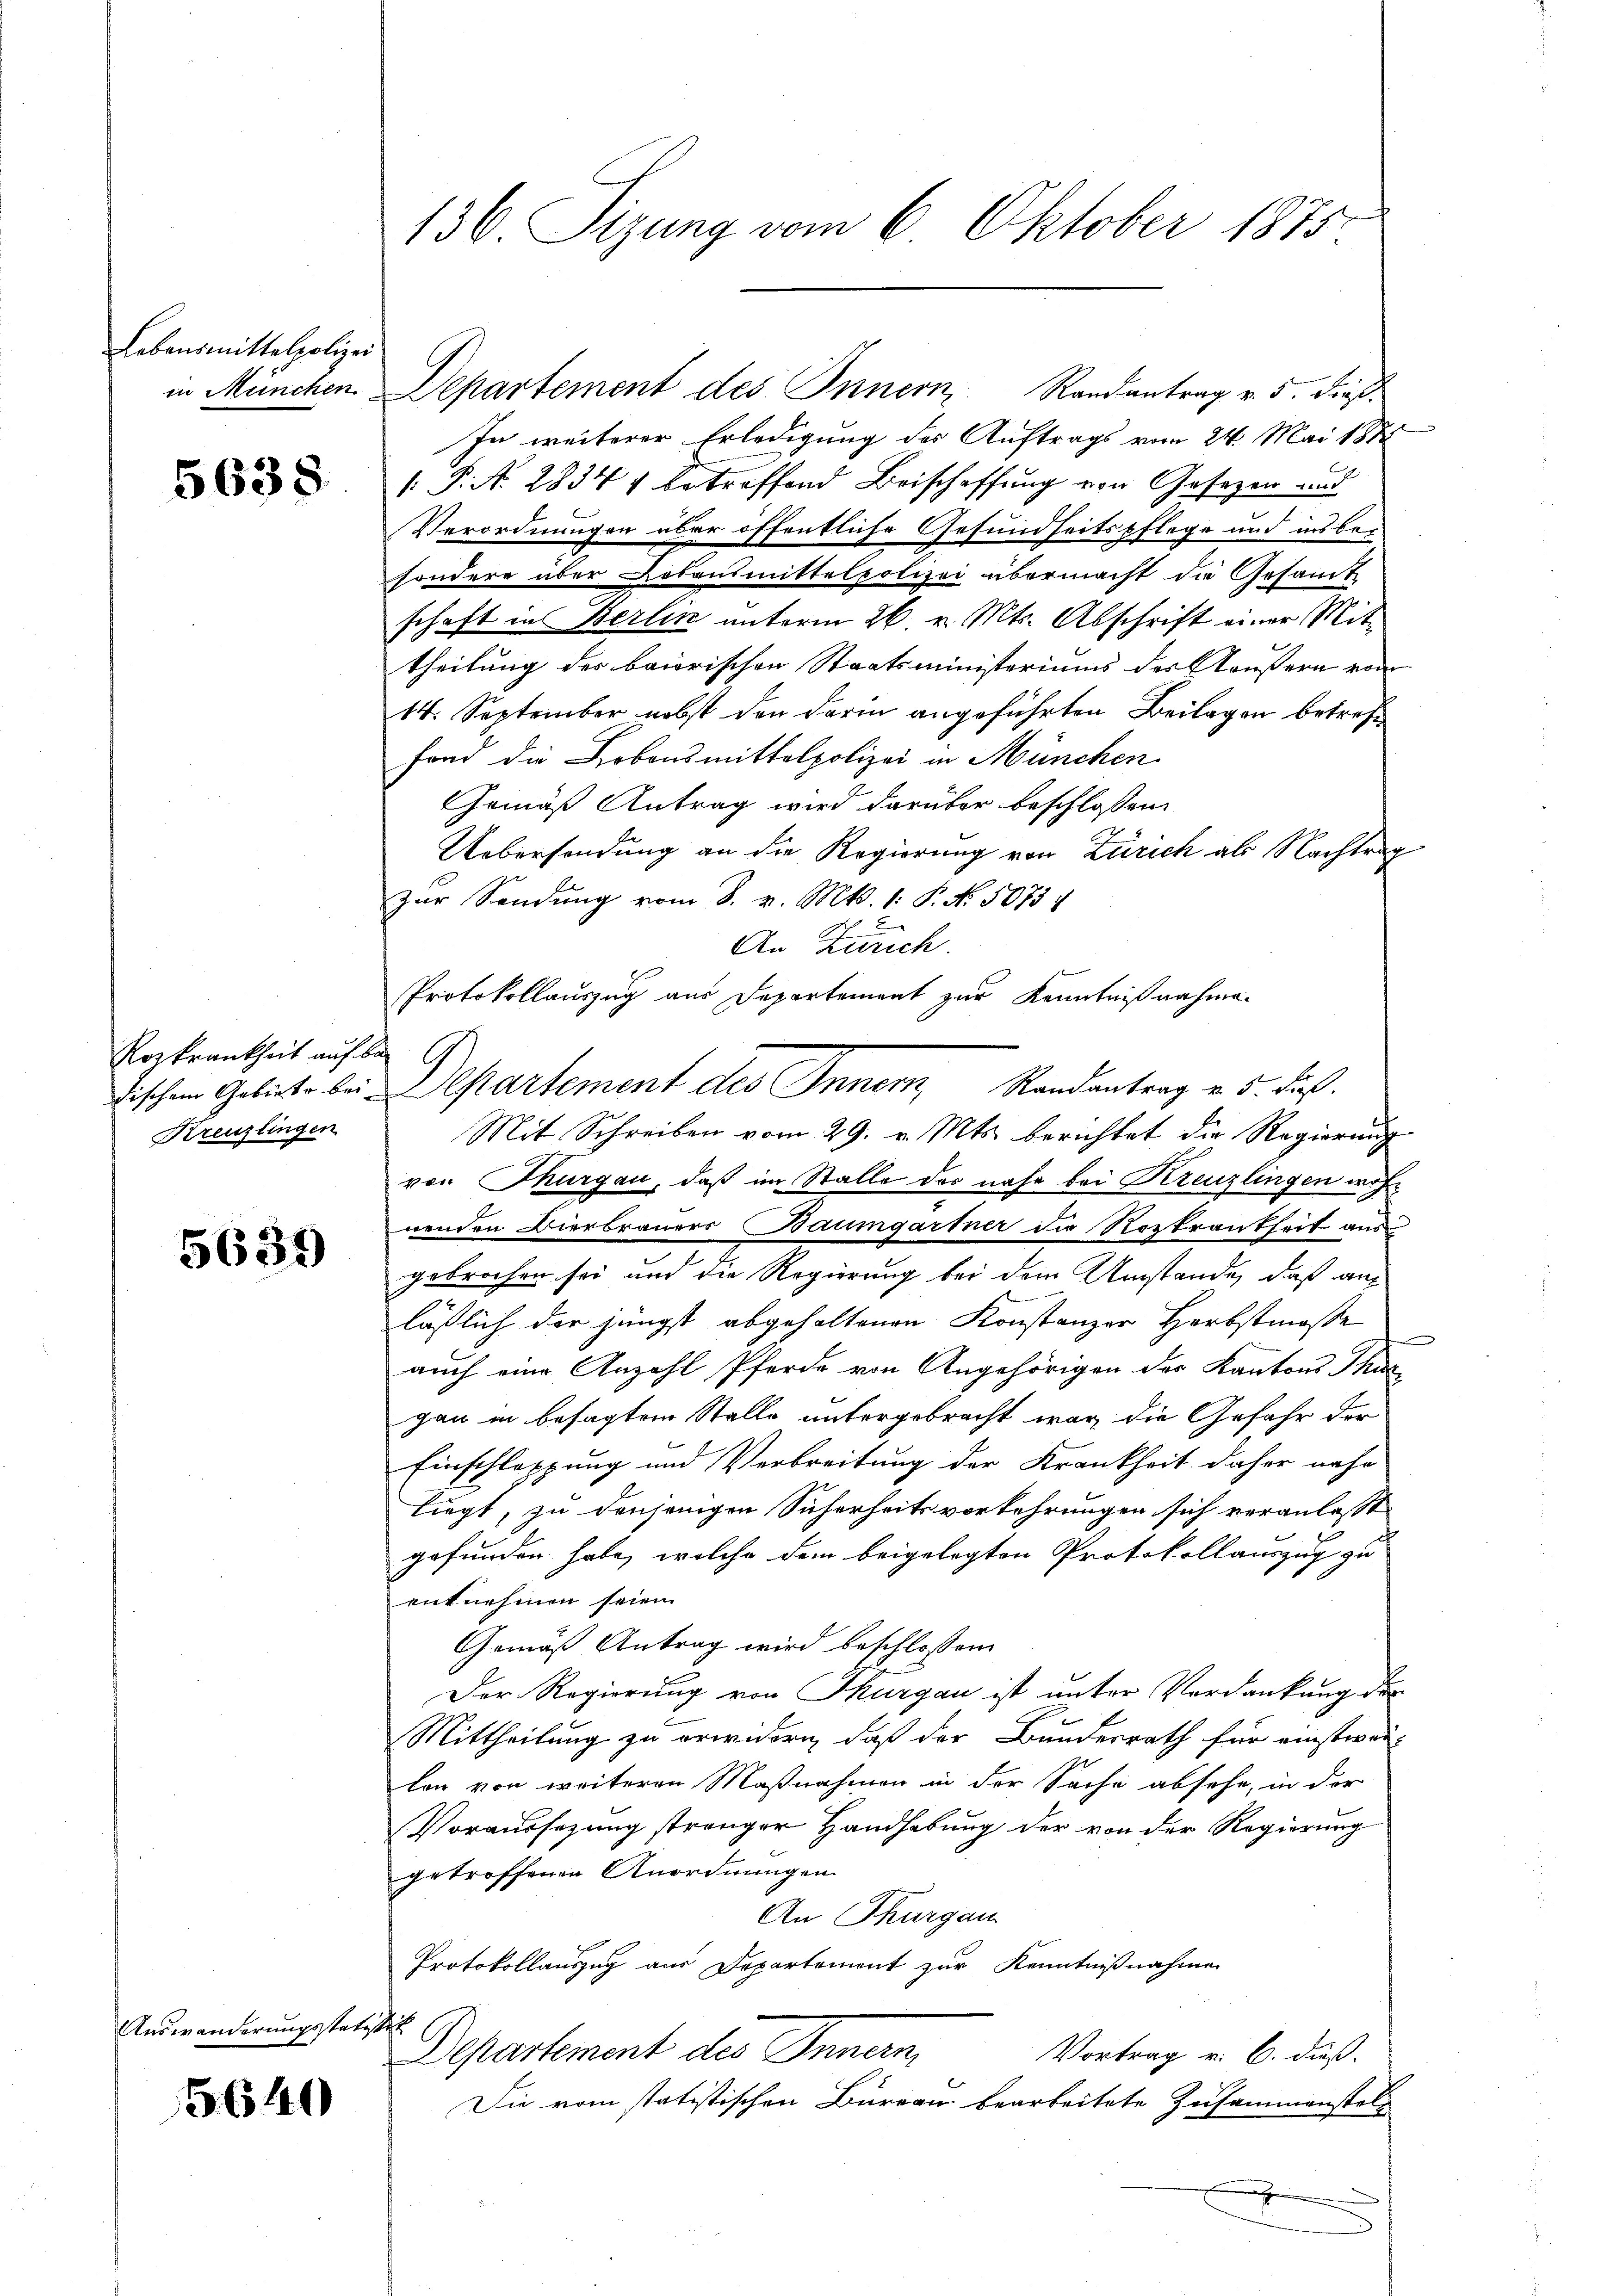
Lebensmittelpolizei
in München

5638

Rozkrankheit auf
dischem Gebiete bei
Kreuzlingen

5639

Auswanderungsste.

5640

136. Sizung vom 6. Oktober 1875.

In weiterer Erledigung des Auftrags vom 24. Mai 1872
 P. N. 2834 betreffend Beischaffung von Gesezen und
Verordnungen über öffentliche Gesundheitspflege und insbesondere aber Lebensmittelpolizei übermacht die Gesamt
schaft in Berlin unterm 26. v. Mts. Abschrift einer Mit-
theilung des baierischen Staatsministeriums des Haußern von
14. September nebst den darin angeführten Beilagen betreff
fond die Lobonsmittelpolizei in München
Gemäß Antrag wird darüber beschlossen:
Uebersendung an die Regierung von Zürich als Nachtrag
zur Sendung vom 8. v. Mts. 1. P. No. 5073 4
An Zürich.
Protokollauszug aus Departement zur Kenntnißnahme¬
 G
Departement des Innem Randantrag v. 5. daß
Mit Schreiben vom 29. v. Mts. berichtet die Regierung
von Thurgau, daß im Stalle des nahe bei Kreuzlingen wohnenden Bierbrauers Baumgartner die Rozkrankheit aus
gebrochen sei und die Regierung bei dem Umstände, daß auf
läßlich der jüngst abgehaltenen Konstanzer Herbstmasse
auch eine Anzahl Pferde von Angehörigen der Kantons Thur
gau in besagtem Stalle untergebracht war die Gefahr der
Einschleppung und Verbreitung der Krankheit daher nahe
liegt, zu denjenigen Sicherheits vorkehrungen sich veranlasst
gefunden habe, welche dem beigelegten Protokollauszug zu
entnehmen seien.
Gemäß Antrag wird beschlossen
Der Regierung von Thurgau ist unter Verdankung der
Mittheilung zu erwidern, daß der Bundesrath für einstwir-
len von weiteren Maßnahmen in der Sache absehe, in der
Voraussezung strenger Handhabung der von der Regierung
getroffenen Anordnungen.
An Thurgau
Protokollauszug aus Departement zur Kenntnißnahme
s
Departement des Innern
Vortrag v. 6. dieß.
Die vom statistischen Büreau bearbeitete Zusammenstel¬
.

Departement des Innern Randantrag v. 5. dieß¬